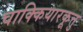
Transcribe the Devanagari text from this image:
चाक्कियारकूत्तु